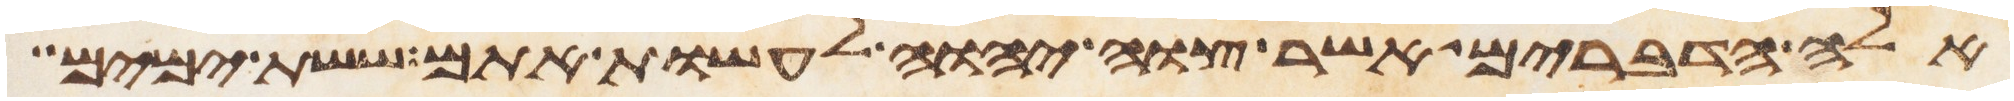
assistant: אלה הדברים אשר צוה יהוה לעשות אתם ששת ימים